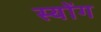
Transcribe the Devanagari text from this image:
स्योंग